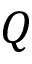
Q